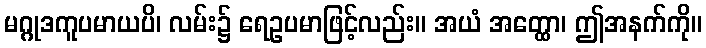
မဂ္ဂုဒကူပမာယပိ၊ လမ်း၌ ရေဥပမာဖြင့်လည်း။ အယံ အတ္ထော၊ ဤအနက်ကို။